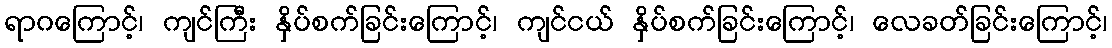
ရာဂကြောင့်၊ ကျင်ကြီး နှိပ်စက်ခြင်းကြောင့်၊ ကျင်ငယ် နှိပ်စက်ခြင်းကြောင့်၊ လေခတ်ခြင်းကြောင့်၊